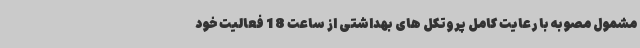
مشمول مصوبه با رعایت کامل پروتکل های بهداشتی از ساعت 18 فعالیت خود